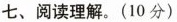
七、阅读理解.(10 分)